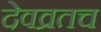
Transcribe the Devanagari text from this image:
देवव्रतच